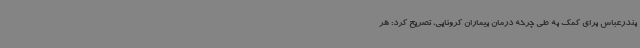
بندرعباس برای کمک به طی چرخه درمان بیماران کرونایی، تصریح کرد: هر